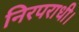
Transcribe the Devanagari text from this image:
निरपराधी।